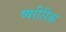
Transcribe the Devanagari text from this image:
ष्षरीरिक